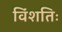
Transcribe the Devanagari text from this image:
विंशतिः